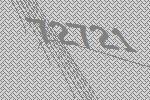
72721